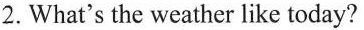
2. What's the weather like today?